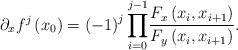
LaTeX: \begin{align*}\partial_{x}f^{j}\left( x_{0}\right) =\left( -1\right) ^{j}{\displaystyle\prod\limits_{i=0}^{j-1}}\frac{F_{x}\left( x_{i},x_{i+1}\right) }{F_{y}\left( x_{i},x_{i+1}\right)}. \end{align*}